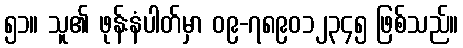
၅၁။ သူ၏ ဖုန်းနံပါတ်မှာ ၀၉-၇၈၉၀၁၂၃၄၅ ဖြစ်သည်။